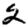
Digit: 2